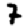
Digit: 7